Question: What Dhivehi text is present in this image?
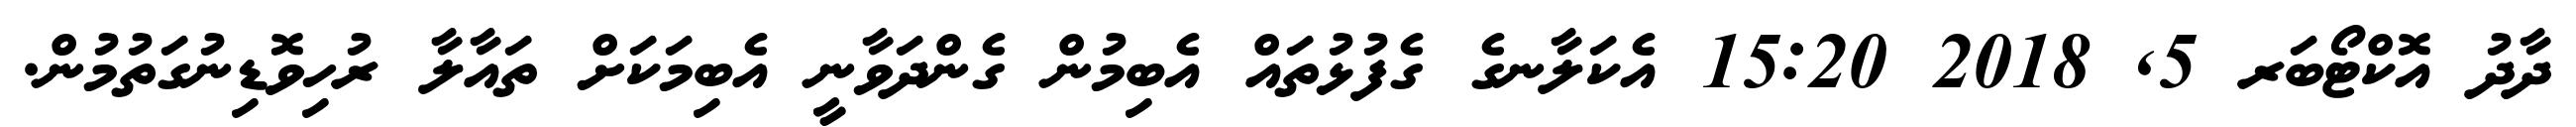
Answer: ދާދު އޮކްޓޯބަރ 5, 2018 15:20 އެކަލާނގެ ގެފުޅުތައް އެބިމުން ގެންދަވާނީ އެބިމަކަށް ތައާލާ ރުހިވޮޑިނުގަތުމުން.